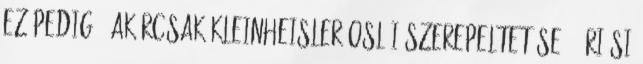
ez pedig – akárcsak Kleinheisler oslói szerepeltetése – óriási